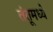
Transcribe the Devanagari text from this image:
तंतूमध्ये